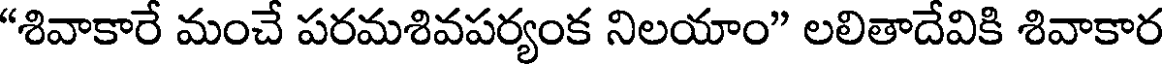
"శివాకారే మంచే పరమశివపర్యంక నిలయాం" లలితాదేవికి శివాకార